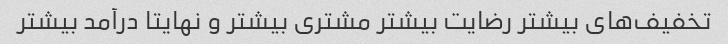
تخفیف‌های بیشتر رضایت بیشتر مشتری بیشتر و نهایتا درآمد بیشتر